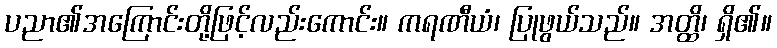
ပညာ၏အကြောင်းတို့ဖြင့်လည်းကောင်း။ ကရဏီယံ၊ ပြုဖွယ်သည်။ အတ္ထိ၊ ရှိ၏။